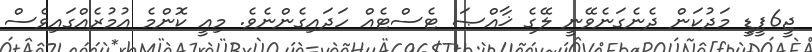
ޖީ6ޕީޑީ މަދުކަން ދެނެގަނެވޭނީ ލޭގެ ޚާއްޞަ ޓެސްޓެއް ހަދައިގެންނެވެ. މިއީ ކޮންމެ އުމުރެއްގައިވެސް